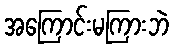
အကြောင်းမကြားဘဲ